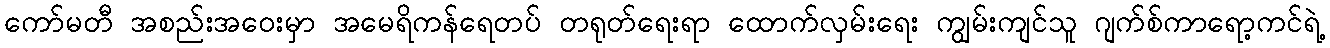
ကော်မတီ အစည်းအဝေးမှာ အမေရိကန်ရေတပ် တရုတ်ရေးရာ ထောက်လှမ်းရေး ကျွမ်းကျင်သူ ဂျက်စ်ကာရော့ကင်ရဲ့